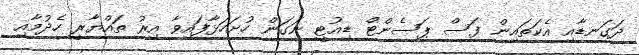
ދަގަނޑާއި އެކަތައިން ފަސް ޕަސެންޓް ޑިއުޓީ ނަގަން ހުށަހަޅާފައިވާ އިރު ތައްޔާރީ ހެދުމާއި